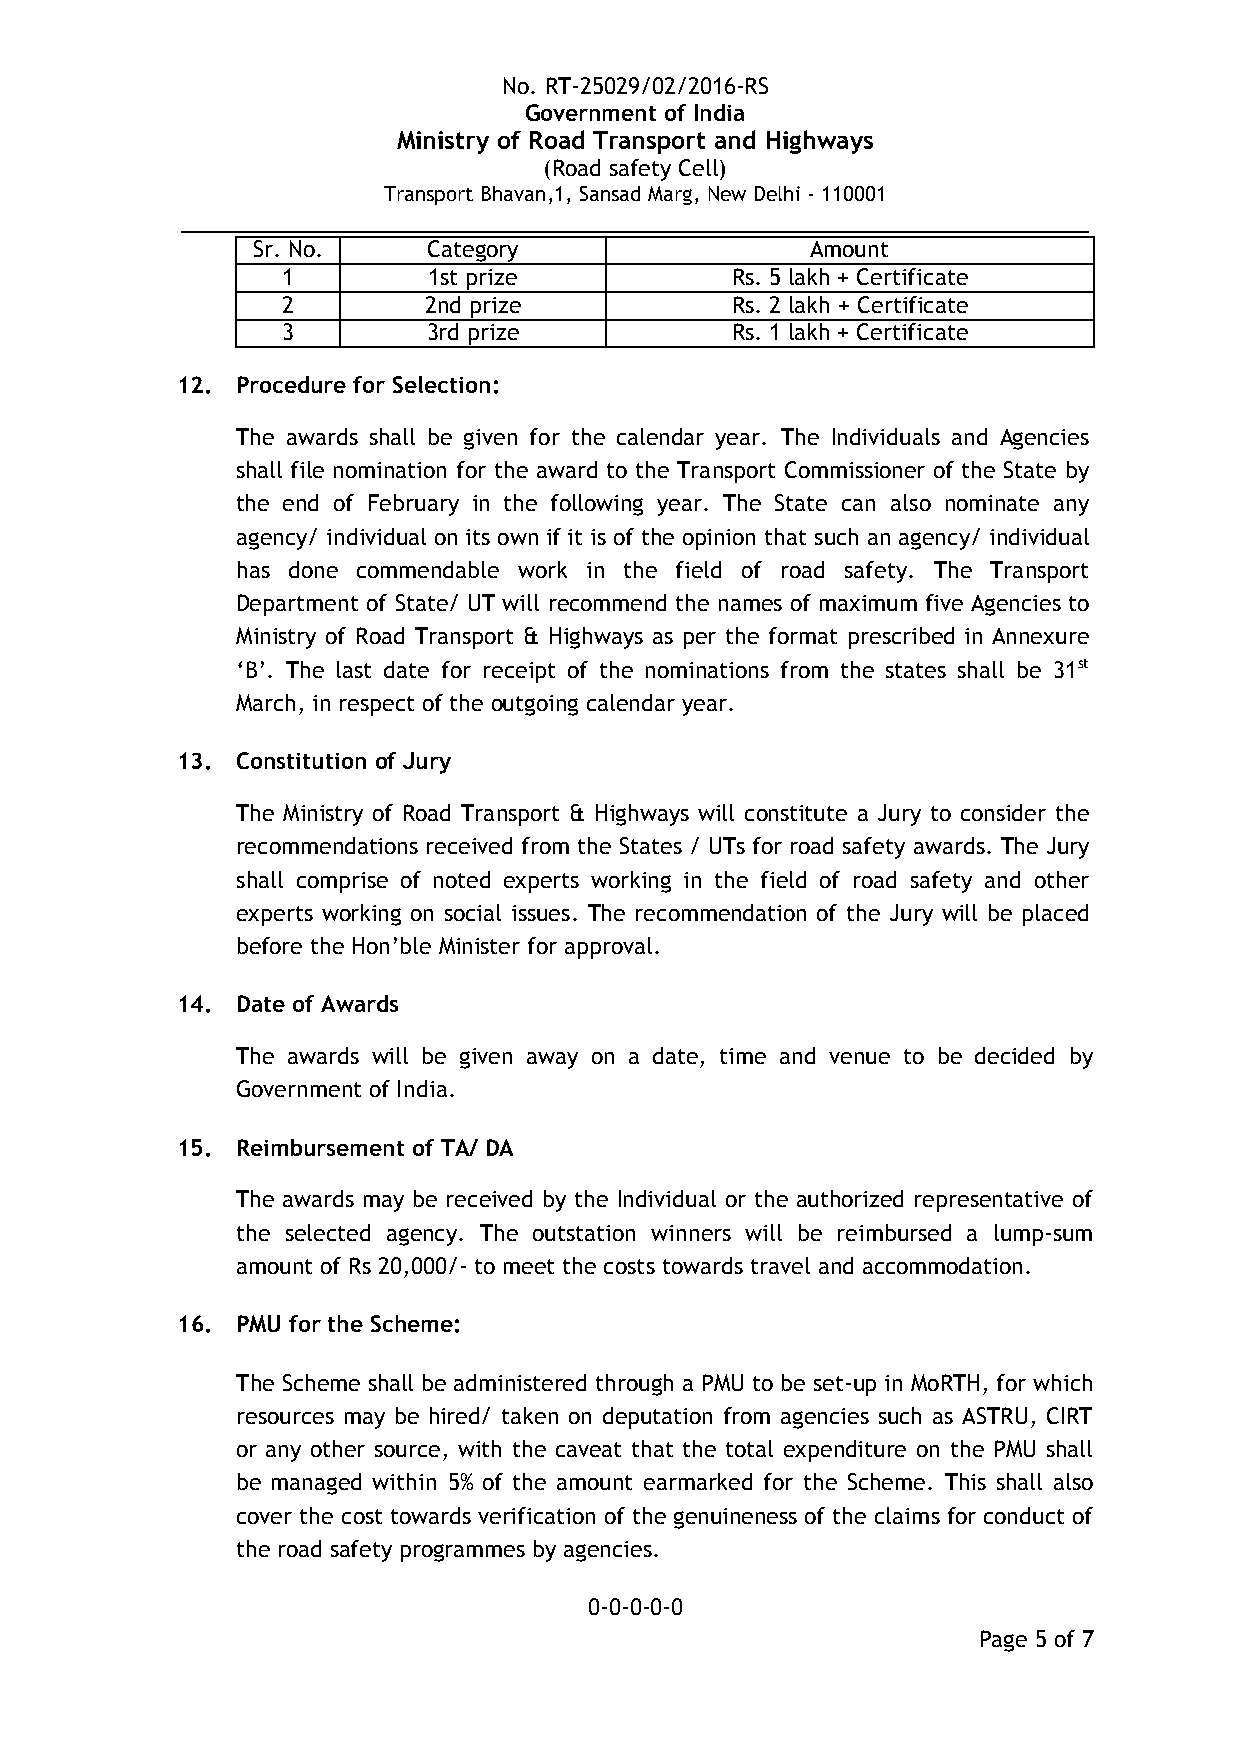
No. RT-25029/02/2016-RS
 Government of India
 Ministry of Road Transport and Highways
 (Road safety Cell)
 Transport Bhavan,1, Sansad Marg, New Delhi - 110001
 __________________________________________________________
 Sr. No.    Category                  Amount
 1        1st prize           Rs. 5 lakh + Certificate
 2        2nd prize           Rs. 2 lakh + Certificate
 3        3rd prize           Rs. 1 lakh + Certificate
 12. Procedure for Selection:
 The awards shall be given for the calendar year. The Individuals and Agencies
 shall file nomination for the award to the Transport Commissioner of the State by
 the end of February in the following year. The State can also nominate any
 agency/ individual on its own if it is of the opinion that such an agency/ individual
 has done commendable work in the field of road safety. The Transport
 Department of State/ UT will recommend the names of maximum five Agencies to
 Ministry of Road Transport & Highways as per the format prescribed in Annexure
 ‘B’. The last date for receipt of the nominations from the states shall be 31st
 March, in respect of the outgoing calendar year.
 13. Constitution of Jury
 The Ministry of Road Transport & Highways will constitute a Jury to consider the
 recommendations received from the States / UTs for road safety awards. The Jury
 shall comprise of noted experts working in the field of road safety and other
 experts working on social issues. The recommendation of the Jury will be placed
 before the Hon’ble Minister for approval.
 14. Date of Awards
 The awards will be given away on a date, time and venue to be decided by
 Government of India.
 15. Reimbursement of TA/ DA
 The awards may be received by the Individual or the authorized representative of
 the selected agency. The outstation winners will be reimbursed a lump-sum
 amount of Rs 20,000/- to meet the costs towards travel and accommodation.
 16. PMU for the Scheme:
 The Scheme shall be administered through a PMU to be set-up in MoRTH, for which
 resources may be hired/ taken on deputation from agencies such as ASTRU, CIRT
 or any other source, with the caveat that the total expenditure on the PMU shall
 be managed within 5% of the amount earmarked for the Scheme. This shall also
 cover the cost towards verification of the genuineness of the claims for conduct of
 the road safety programmes by agencies.
 0-0-0-0-0
 Page 5 of 7